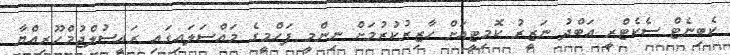
ކެބިނެޓް ސެކެޓްރީ އަބްދު ނަޒީރު ކޮމިޓީއަށް ހާޒިރުކުރުމަށް ނިންމީ ފަހްމީގެ މައްސަލައިގައި ރައީސުލްޖުމްހޫރިއްޔާ